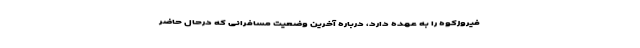
فیروزکوه را به عهده دارد، ‌درباره آخرین وضعیت مسافرانی که درحال حاضر